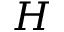
H